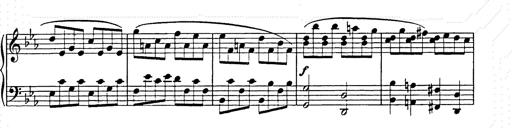
Title: Allegro di bravura
Composer: Carl Maria von Weber
Key: D major